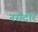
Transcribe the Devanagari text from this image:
नसदार